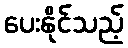
ပေးနိုင်သည့်